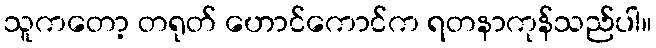
သူကတော့ တရုတ် ဟောင်ကောင်က ရတနာကုန်သည်ပါ။